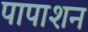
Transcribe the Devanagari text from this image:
पापाशन